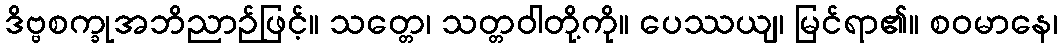
ဒိဗ္ဗစက္ခုအဘိညာဉ်ဖြင့်။ သတ္တေ၊ သတ္တဝါတို့ကို။ ပေဿယျ၊ မြင်ရာ၏။ စဝမာနေ၊